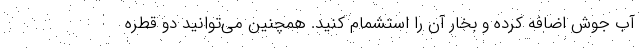
آب جوش اضافه کرده و بخار آن را استشمام کنید. همچنین می‌توانید دو قطره